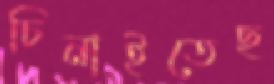
চিনাইতেছ